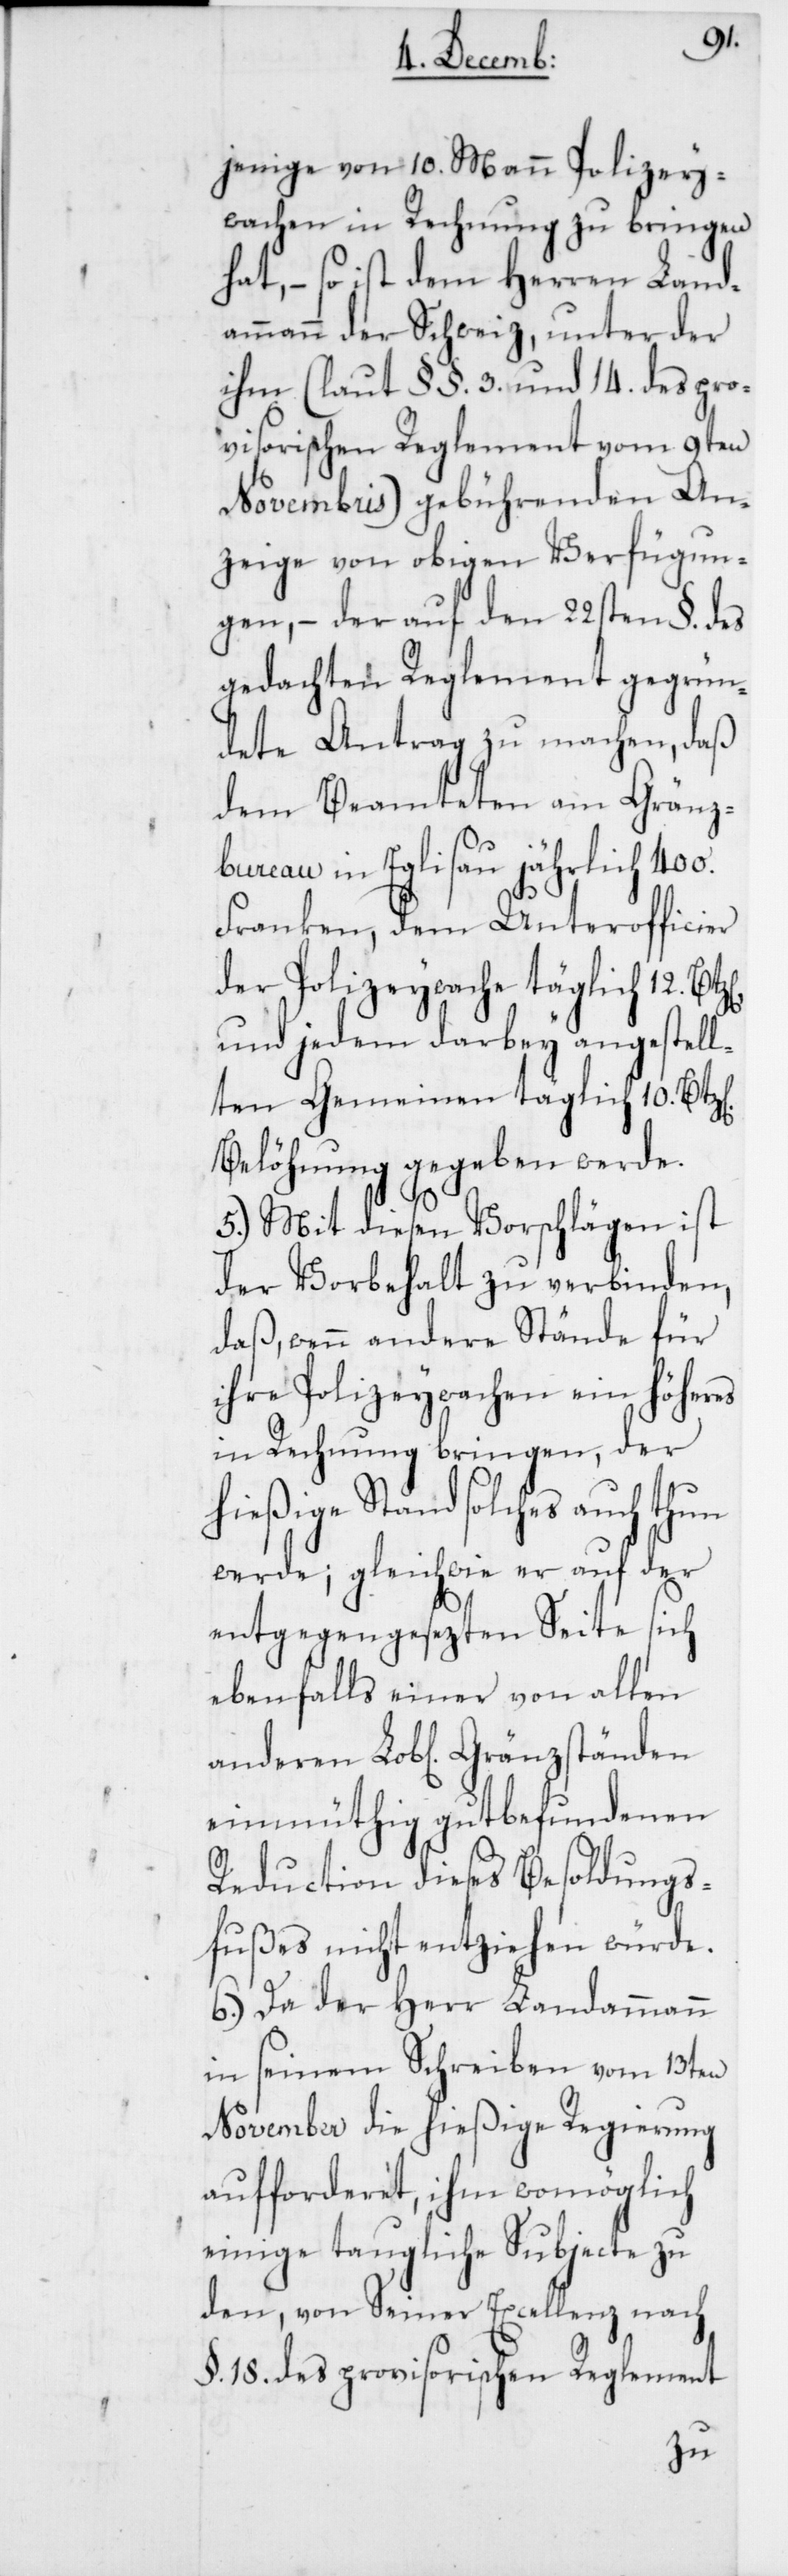
jenige von 10. Mann Polizey¬
wachen in Rechnung zu bringen
hat, – so ist dem Herren Land¬
ammann der Schweiz, unter der
ihm (laut §§. 3. und 14. des pro¬
visorischen Reglement vom 9ten
Novembris) gebührenden An¬
zeige von obigen Verfügun¬
gen, – der auf den 22sten §. des
gedachten Reglement gegrün¬
dete Antrag zu machen, daß
dem Beamteten am Gränz¬
bureau in Eglisau jährlich
Franken, dem Unterofficier
der Polizeywache täglich 12.
und jedem darbey angestell¬
ten Gemeinen täglich 10. Bt¬
Belöhnung gegeben werde.
5.) Mit diesen Vorschlägen ist
der Vorbehalt zu verbinden,
daß, wenn andere Stände für
ihre Polizeywachen ein höheres
in Rechnung bringen, der
hießige Stand solches auch thun
werde; gleichwie er auf der
entgegengesezten Seite sich
ebenfalls einer von allen
einmüthig gut befundenen
Reduction dieses Besoldungs¬
fußes nicht entziehen würde.
6.) Da der Herr Landammann
in seinem Schreiben
ment
November die hießige
aufforderet, ihm wom¬
einige taugliche Sub¬
den, von Seiner Excellenz
nach
Regle¬
§. 18. des